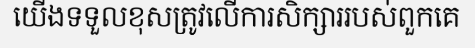
យើងទទួលខុសត្រូវលើការសិក្សាររបស់ពួកគេ